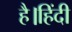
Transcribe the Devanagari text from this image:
है।हिंदी